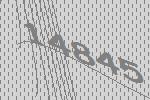
14845